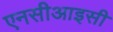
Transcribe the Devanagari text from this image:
एनसीआइसी